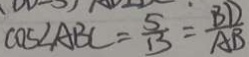
C O E \angle A B C = \frac { 5 } { 1 3 } = \frac { B D } { A B }